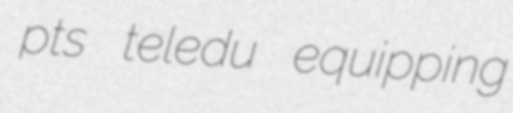
pts teledu equipping